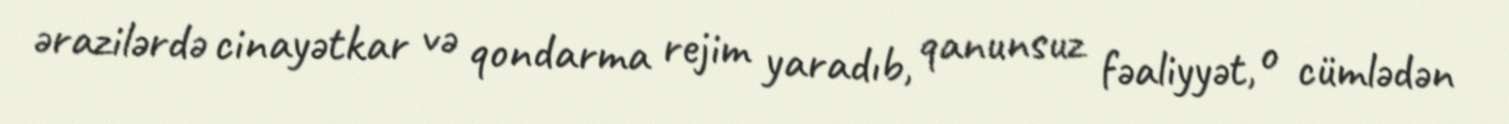
ərazilərdə cinayətkar və qondarma rejim yaradıb, qanunsuz fəaliyyət, o cümlədən